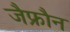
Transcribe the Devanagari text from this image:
जैफ्रौन